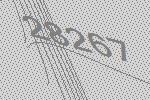
28267